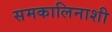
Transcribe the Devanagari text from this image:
समकालिनाशी